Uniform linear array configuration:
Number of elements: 16
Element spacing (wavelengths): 0.75
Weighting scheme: cosine
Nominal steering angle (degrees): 60
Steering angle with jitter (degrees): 58.185
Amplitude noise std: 0.05
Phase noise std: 0.05

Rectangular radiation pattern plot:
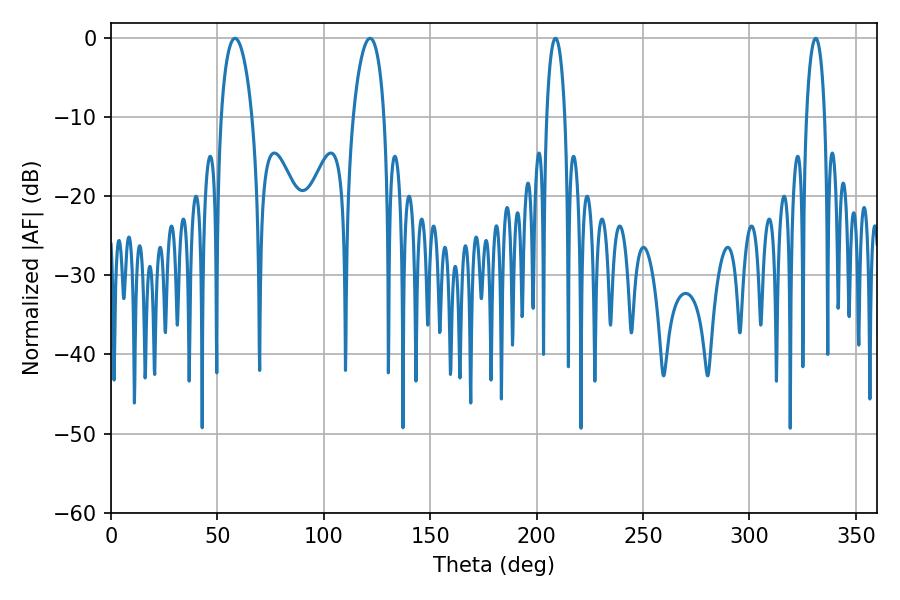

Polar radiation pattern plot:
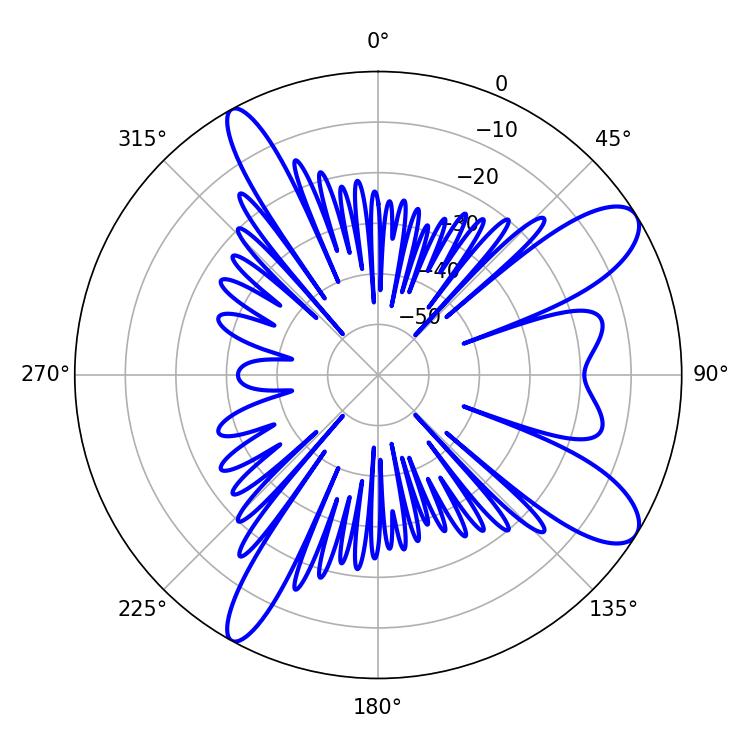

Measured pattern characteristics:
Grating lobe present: TRUE
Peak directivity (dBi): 10.349
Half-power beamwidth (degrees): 8.28
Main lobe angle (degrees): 58.32